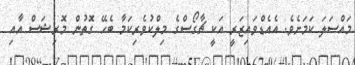
މައްސަލަ ކަމަށެވެ. އެއެޑްވައިޒަރީ އަކީ ޗާގޯސްގެ މިލްކުވެރިކަމާ ބެހޭ ގޮތުން މޮރިޝަސް އާއި